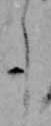
よ